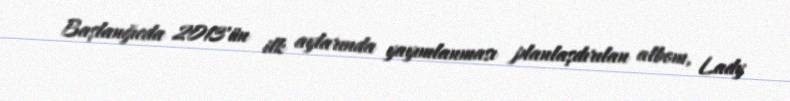
Başlanğıcda 2013'ün ilk aylarında yayımlanması planlaşdırılan albom, Lady